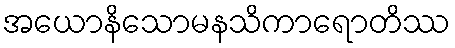
အယောနိသောမနသိကာရောတိဿ